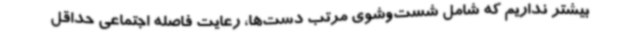
بیشتر نداریم که شامل شست‌وشوی مرتب دست‌ها، رعایت فاصله اجتماعی حداقل